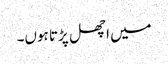
میں اچھل پڑتا ہوں۔